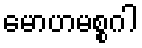
မောဟမစ္စဂါ